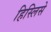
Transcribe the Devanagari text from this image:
हिस्लिसे